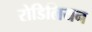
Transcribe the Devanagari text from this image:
रोडिलियन